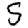
Digit: 5